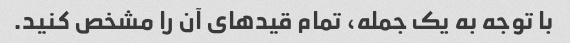
با توجه به یک جمله، تمام قیدهای آن را مشخص کنید.